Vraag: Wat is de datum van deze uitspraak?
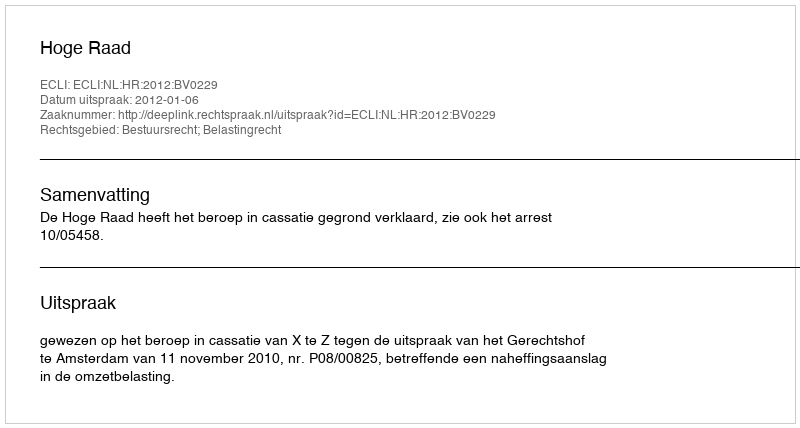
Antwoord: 2012-01-06